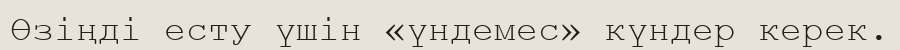
Өзіңді есту үшін «үндемес» күндер керек.